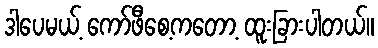
ဒါပေမယ့် ကော်ဖီစေ့ကတော့ ထူးခြားပါတယ်။